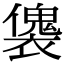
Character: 𧝛